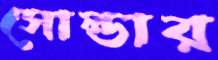
সোল্ডার